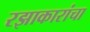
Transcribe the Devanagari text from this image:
रझाकारांचा